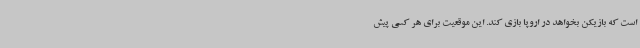
است که بازیکن بخواهد در اروپا بازی کند. این موقعیت برای هر کسی پیش